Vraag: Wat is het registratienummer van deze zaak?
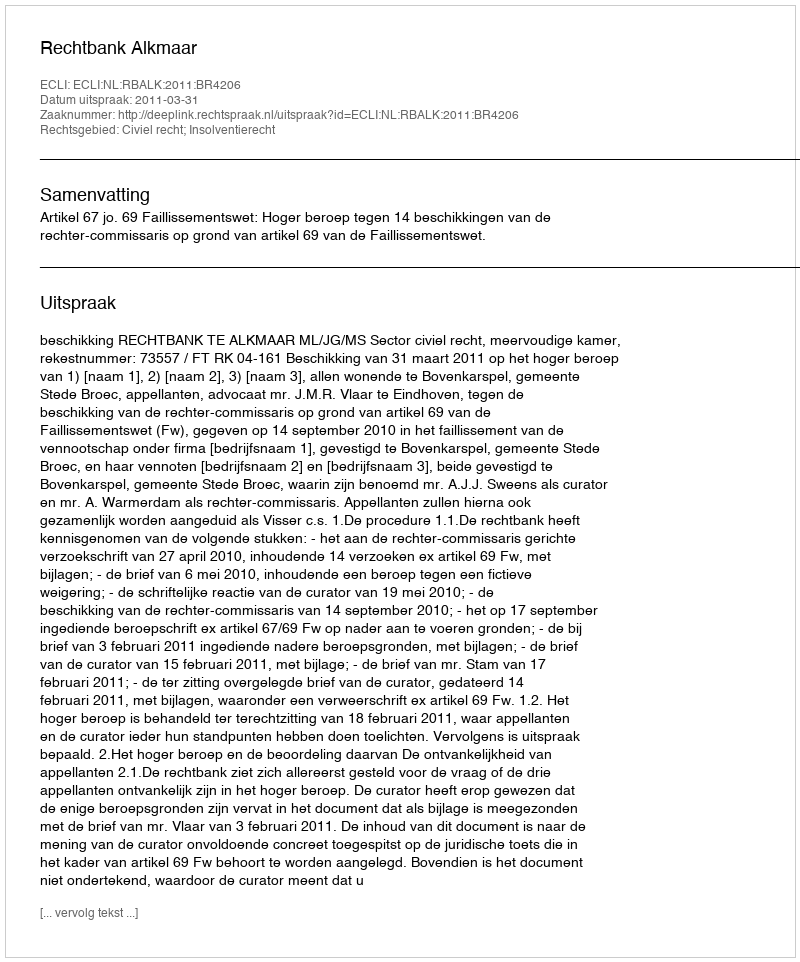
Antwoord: http://deeplink.rechtspraak.nl/uitspraak?id=ECLI:NL:RBALK:2011:BR4206